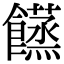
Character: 𩟘